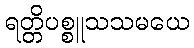
ရတ္တိပစ္စူသသမယေ